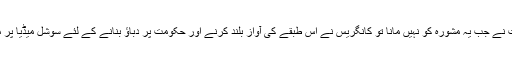
انہوں نے کہا کہ حکومت نے جب یہ مشورہ کو نہیں مانا تو کانگریس نے اس طبقے کی آواز بلند کرنے اور حکومت پر دباؤ بنانے کے لئے سوشل میڈیا پر مہم چلانے کا فیصلہ کیا۔